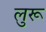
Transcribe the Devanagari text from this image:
लुरू